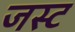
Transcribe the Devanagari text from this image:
जस्‍ट